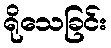
ရိုသေခြင်း